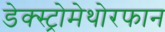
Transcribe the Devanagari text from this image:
डेक्स्ट्रोमेथोरफान